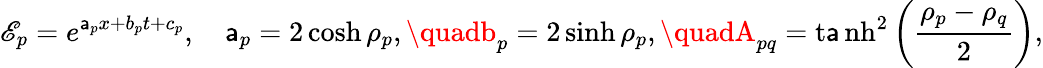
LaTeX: \mathscr{E}_{p}=e^{\mathsf{a}_{p}x+b_{p}t+c_{p}},\quad\mathsf{a}_{p}=2\cosh\rho_{p},\quadb_{p}=2\sinh\rho_{p},\quadA_{pq}=\operatorname{t\mathsf{a}nh}^{2}\left(\frac{{\rho_{p}-\rho_{q}}}{{2}}\right),